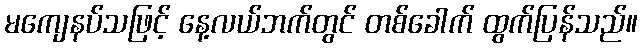
မကျေနပ်သဖြင့် နေ့လယ်ဘက်တွင် တစ်ခေါက် ထွက်ပြန်သည်။